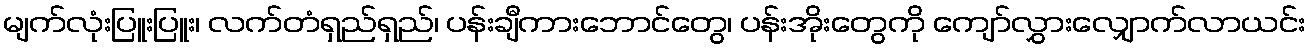
မျက်လုံးပြူးပြူး၊ လက်တံရှည်ရှည်၊ ပန်းချီကားဘောင်တွေ၊ ပန်းအိုးတွေကို ကျော်လွှားလျှောက်လာယင်း